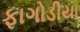
ફાગોડીયા